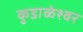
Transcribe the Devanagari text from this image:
कुडाळेश्वर